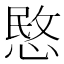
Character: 愍